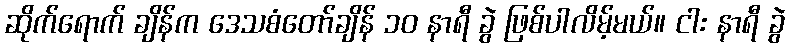
ဆိုက်ရောက် ချိန်က ဒေသစံတော်ချိန် ၁၀ နာရီ ခွဲ ဖြစ်ပါလိမ့်မယ်။ ငါး နာရီ ခွဲ